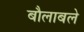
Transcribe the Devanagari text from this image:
बौलाबले